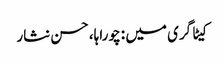
کیٹاگری میں : چوراہا، حسن نثار